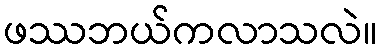
ဖဿဘယ်ကလာသလဲ။